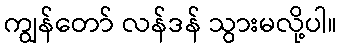
ကျွန်တော် လန်ဒန် သွားမလို့ပါ။